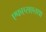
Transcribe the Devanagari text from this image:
एफएसएतथा